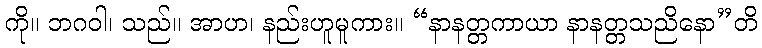
ကို။ ဘဂဝါ၊ သည်။ အာဟ၊ နည်းဟူမူကား။ “နာနတ္တကာယာ နာနတ္တသညိနော”တိ